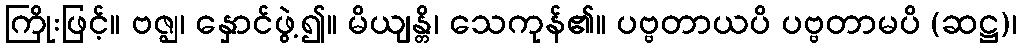
ကြိုးဖြင့်။ ဗဇ္ဈ၊ နှောင်ဖွဲ့၍။ မိယျန္တိ၊ သေကုန်၏။ ပဗ္ဗတာယပိ ပဗ္ဗတာမပိ (ဆဋ္ဌ)၊